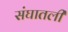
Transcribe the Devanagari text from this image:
संघातली